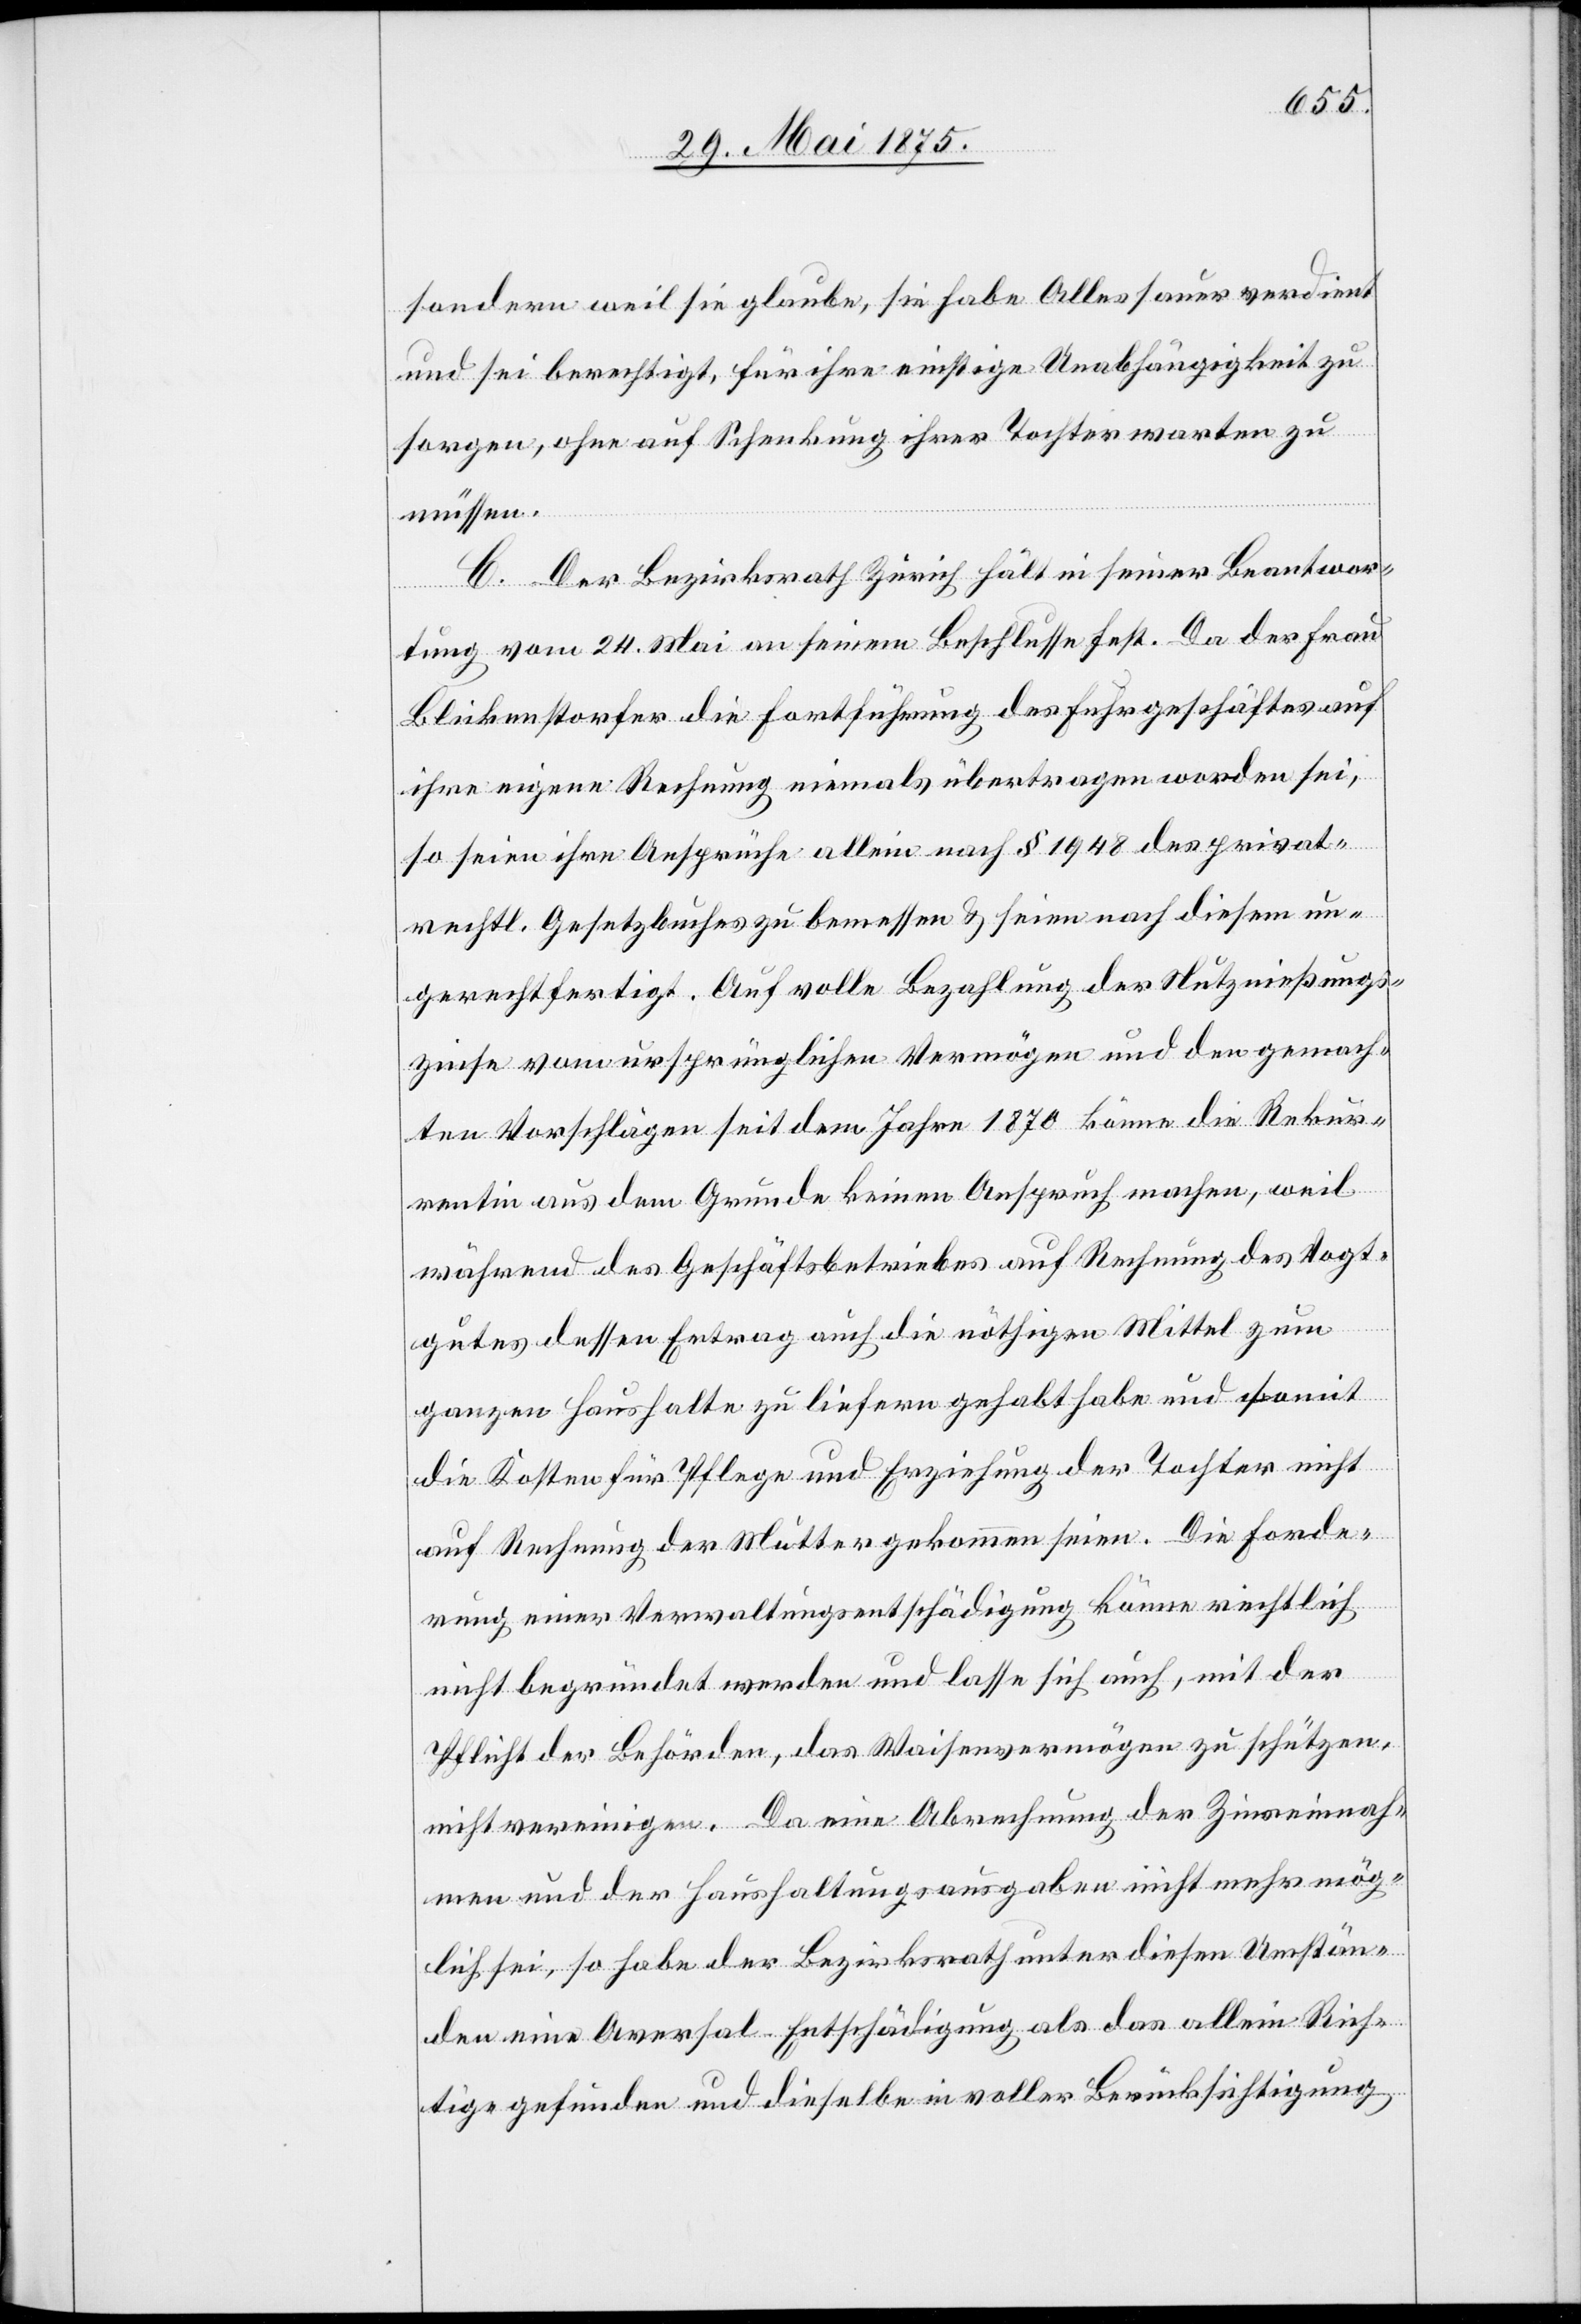
sondern weil sie glaube, sie habe Alles sauer verdient
und sei berechtigt, für ihre einstige Unabhängigkeit zu
sorgen, ohne auf Schenkung der Tochter warten zu
müssen.
C. Der Bezirksrath Zürich hält in seiner Beantwor¬
tung vom 24. Mai an seinem Beschlusse fest. Da der Frau
Blickenstorfer die Fortführung des Fuhrgeschäftes auf
ihre eigene Rechnung niemals übertragen worden sei,
so seien ihre Ansprüche allein nach § 1948 des privat¬
rechtl. Gesetzbuches zu bemessen & seien nach diesem un¬
gerechtfertigt. Auf volle Bezahlung der Nutznießungs¬
zinse vom ursprünglichen Vermögen und den gemach¬
ten Vorschlägen seit dem Jahre 1870 könne die Rekur¬
rentin aus dem Grunde keinen Anspruch machen, weil
während des Geschäftsbetriebes auf Rechnung des Vogt¬
gutes dessen Ertrag auch die nöthigen Mittel zum
ganzen Haushalte zu liefern gehabt habe und somit
die Kosten für Pflege und Erziehung der Tochter nicht
auf Rechnung der Mutter gekommen seien. Die Forde¬
rung einer Verwaltungsentschädigung könne rechtlich
nicht begründet werden und lasse sich auch, mit der
Pflicht der Behörden, das Waisenvermögen zu schützen,
nicht vereinigen. Da eine Abrechnung der Zinseinnah¬
men und der Haushaltungsausgaben nicht mehr mög¬
lich sei, so habe der Bezirksrath unter diesen Umstän¬
den eine Aversalentschädigung als das allein Rich¬
tige gefunden und dieselbe in voller Berücksichtigung